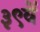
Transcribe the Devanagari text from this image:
३९वें